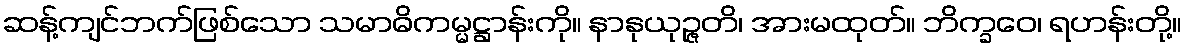
ဆန့်ကျင်ဘက်ဖြစ်သော သမာဓိကမ္မဋ္ဌာန်းကို။ နာနုယုဉ္ဇတိ၊ အားမထုတ်။ ဘိက္ခဝေ၊ ရဟန်းတို့။